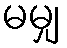
မမျှ